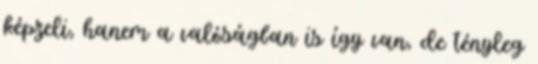
képzeli, hanem a valóságban is így van, de tényleg